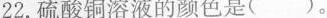
22.硫酸铜溶液的颜色是( )。